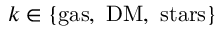
k \in \{ \mathrm { g a s , ~ D M , ~ s t a r s } \}